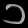
Digit: ၁